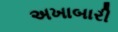
અખાબારી